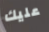
عليك